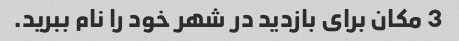
3 مکان برای بازدید در شهر خود را نام ببرید.